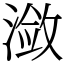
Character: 潋